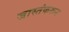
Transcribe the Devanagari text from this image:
जास्तंकरून